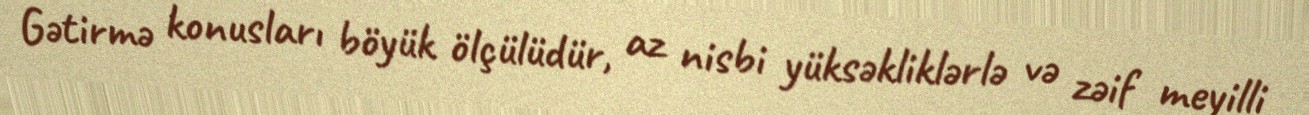
Gətirmə konusları böyük ölçülüdür, az nisbi yüksəkliklərlə və zəif meyilli